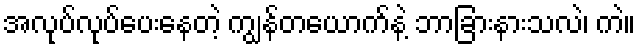
အလုပ်လုပ်ပေးနေတဲ့ ကျွန်တယောက်နဲ့ ဘာခြားနားသလဲ၊ ကဲ။